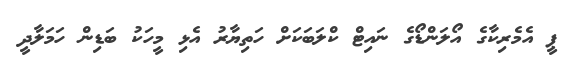
ޕީ އެމެރިކާގެ އޯލަންޑޯގެ ނައިޓް ކްލަބަކަށް ހަތިޔާރު އެޅި މީހަކު ބަޑިން ހަމަލާދީ